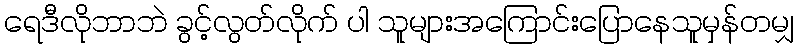
ရေဒီလိုဘာဘဲ ခွင့်လွတ်လိုက် ပါ သူများအကြောင်းပြောနေသူမှန်တမျှ